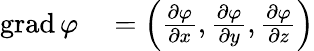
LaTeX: \begin{array}{rl}{\operatorname{grad}\varphi}&{{}=\left({\frac{\partial\varphi}{\partial x}},{\frac{\partial\varphi}{\partial y}},{\frac{\partial\varphi}{\partial z}}\right)}\end{array}